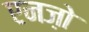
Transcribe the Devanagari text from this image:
एनज़ो